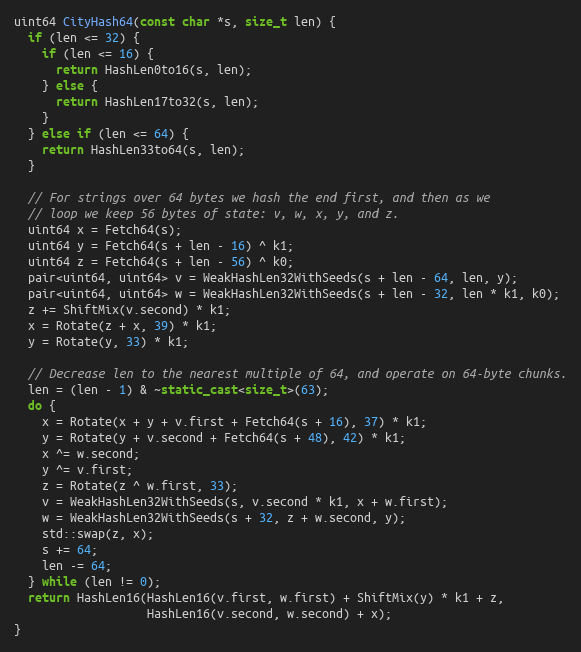
Language: C++
uint64 CityHash64(const char *s, size_t len) {
  if (len <= 32) {
    if (len <= 16) {
      return HashLen0to16(s, len);
    } else {
      return HashLen17to32(s, len);
    }
  } else if (len <= 64) {
    return HashLen33to64(s, len);
  }

  // For strings over 64 bytes we hash the end first, and then as we
  // loop we keep 56 bytes of state: v, w, x, y, and z.
  uint64 x = Fetch64(s);
  uint64 y = Fetch64(s + len - 16) ^ k1;
  uint64 z = Fetch64(s + len - 56) ^ k0;
  pair<uint64, uint64> v = WeakHashLen32WithSeeds(s + len - 64, len, y);
  pair<uint64, uint64> w = WeakHashLen32WithSeeds(s + len - 32, len * k1, k0);
  z += ShiftMix(v.second) * k1;
  x = Rotate(z + x, 39) * k1;
  y = Rotate(y, 33) * k1;

  // Decrease len to the nearest multiple of 64, and operate on 64-byte chunks.
  len = (len - 1) & ~static_cast<size_t>(63);
  do {
    x = Rotate(x + y + v.first + Fetch64(s + 16), 37) * k1;
    y = Rotate(y + v.second + Fetch64(s + 48), 42) * k1;
    x ^= w.second;
    y ^= v.first;
    z = Rotate(z ^ w.first, 33);
    v = WeakHashLen32WithSeeds(s, v.second * k1, x + w.first);
    w = WeakHashLen32WithSeeds(s + 32, z + w.second, y);
    std::swap(z, x);
    s += 64;
    len -= 64;
  } while (len != 0);
  return HashLen16(HashLen16(v.first, w.first) + ShiftMix(y) * k1 + z,
                   HashLen16(v.second, w.second) + x);
}